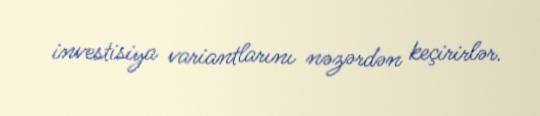
investisiya variantlarını nəzərdən keçirirlər.